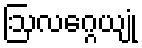
ဩလဂ္ဂေယျုံ